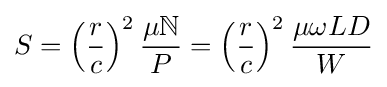
S=\left({\frac {r}{c}}\right)^{2}{\frac {\mu \mathbb {N} }{P}}=\left({\frac {r}{c}}\right)^{2}{\frac {\mu \omega LD}{W}}